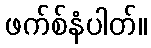
ဖက်စ်နံပါတ်။